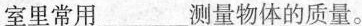
室里常用___测量物体的质量。